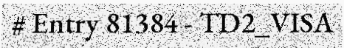
# Entry 81384 - TD2_VISA